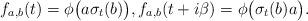
LaTeX: \begin{align*}f_{a,b}(t)=\phi\big(a\sigma_t(b)\big),f_{a,b}(t+i\beta)=\phi\big(\sigma_t(b)a\big).\end{align*}